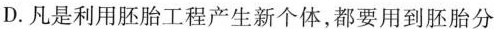
D.凡是利用胚胎工程产生新个体，都要用到胚胎分